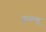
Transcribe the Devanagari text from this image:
ड्ब्ल्यू